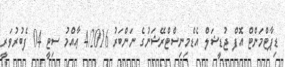
ޑިޕާޓްމަންޓް އޮފް ޖުޑީޝަލް އެޑްމިނިސްޓްރޭޝަނުގެ ނަންބަރު 4/2016 ޢާއްމު ސިޓީ 04 ފެބުރުވަރީ